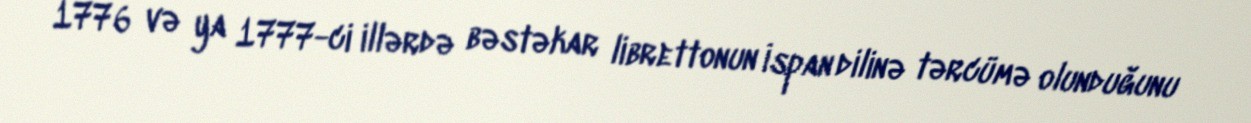
1776 və ya 1777-ci illərdə bəstəkar librettonun İspan dilinə tərcümə olunduğunu